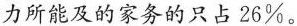
力所能及的家务的只占26\%。